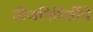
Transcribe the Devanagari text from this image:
वीजनिमिर्तीचे